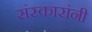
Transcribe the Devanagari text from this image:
संस्कारांनी